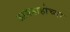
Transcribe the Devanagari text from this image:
आयडाहोच्या